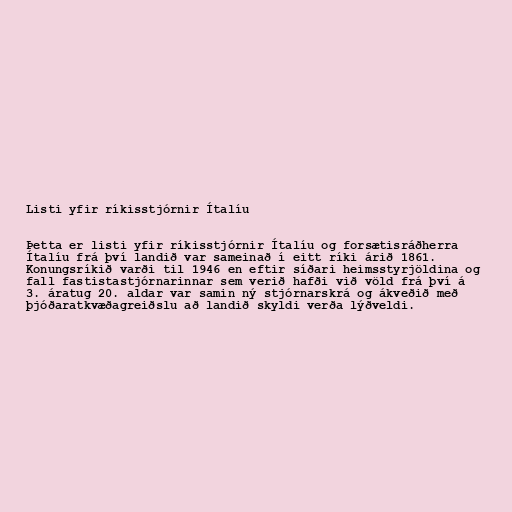
Listi yfir ríkisstjórnir Ítalíu

Þetta er listi yfir ríkisstjórnir Ítalíu og forsætisráðherra
Ítalíu frá því landið var sameinað í eitt ríki árið 1861.
Konungsríkið varði til 1946 en eftir síðari heimsstyrjöldina og
fall fastistastjórnarinnar sem verið hafði við völd frá því á
3. áratug 20. aldar var samin ný stjórnarskrá og ákveðið með
þjóðaratkvæðagreiðslu að landið skyldi verða lýðveldi.